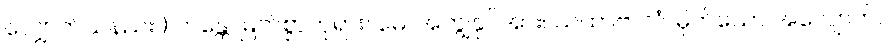
လျှောက်သနည်း။) ဘန္တေ၊ မြတ်စွာဘုရား။ မေ၊ အကျွန်ုပ်အား။ ယထာဗာလံ၊ မိုက်သော အလျောက်။